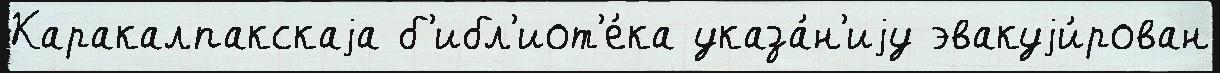
Каракалпакскаjа б'ибл'иот'е́ка указа́н'иjу эвакуjи́рован